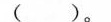
( )。